Punjab Mental Hospital Lahore 1922-31 - 1922-1931
Year: 1922
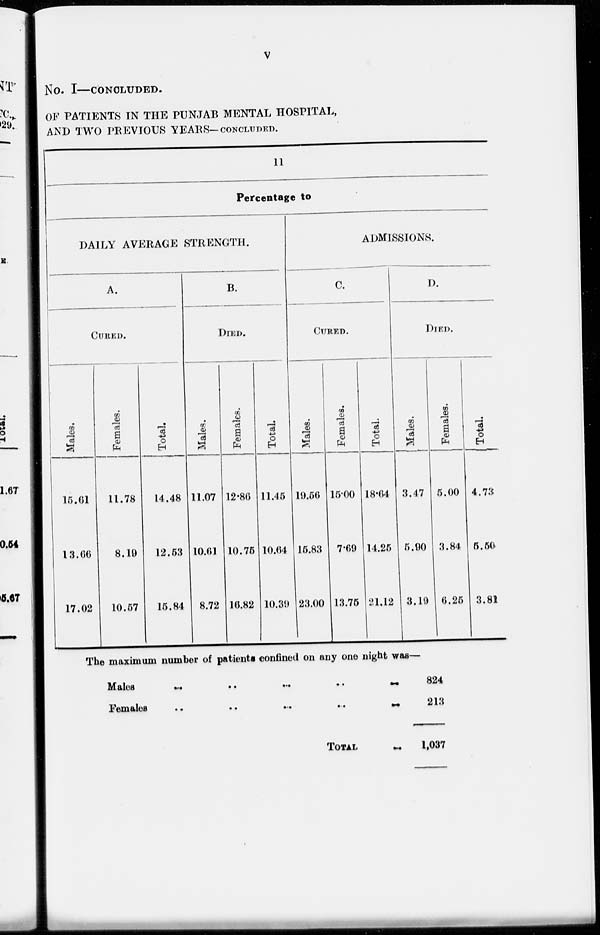
v
NO. I—CONCLUDED.
OF PATIENTS IN THE PUNJAB MENTAL HOSPITAL,
AND TWO PREVIOUS YEARS-CONCLUDED.
11
Percentage to
DAILY AVERAGE STRENGTH.
A.
CURED.
Males.
15.61
13.66
17.02
Females.
11.78
8.19
10.57
Total
14.48
12.53
15.84
B.
DIED.
Males.
11.07
10.61
8.72
Females.
12.86
10.75
16.82
Total.
11.45
10.64
10.39
ADMISSIONS.
C.
CURED.
Males.
10.56
15.83
23.00
Females.
15.00
7.69
13.75
Total.
18.64
14.25
21.12
D.
DIED.
Males.
3.47
5.90
3.10
Females.
5.00
3.84
6.25
Total.
4.73
5.50
3.81
The maximum number of patients confined on any one night was—
Males ... ... ... ... ...
Females ... ... ... ... ...
TOTAL
...
824
213
1,037